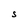
Character: S